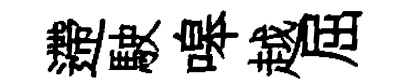
遰駛嗥越屈